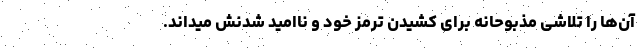
آن‌ها را تلاشی مذبوحانه برای کشیدن ترمز خود و ناامید شدنش میداند.